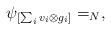
\begin{align*}\psi_{[\sum_i v_i\otimes g_i]}=_N,\end{align*}